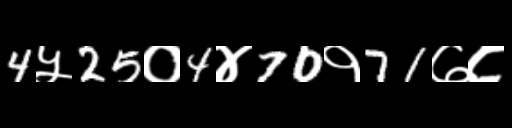
Text: 4५25०4४70१71७८